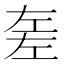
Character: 𢀡